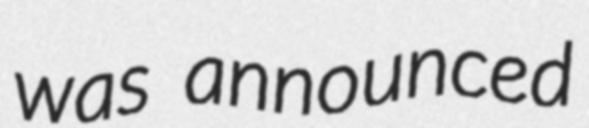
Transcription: was announced